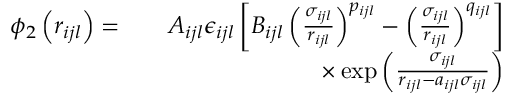
\begin{array} { r l r } { \phi _ { 2 } \left( r _ { i j l } \right) = } & { } & { A _ { i j l } \epsilon _ { i j l } \left[ B _ { i j l } \left( \frac { \sigma _ { i j l } } { r _ { i j l } } \right) ^ { p _ { i j l } } - \left( \frac { \sigma _ { i j l } } { r _ { i j l } } \right) ^ { q _ { i j l } } \right] } \\ & { } & { \times \exp \left( \frac { \sigma _ { i j l } } { r _ { i j l } - a _ { i j l } \sigma _ { i j l } } \right) } \end{array}